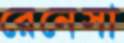
রেনেসা